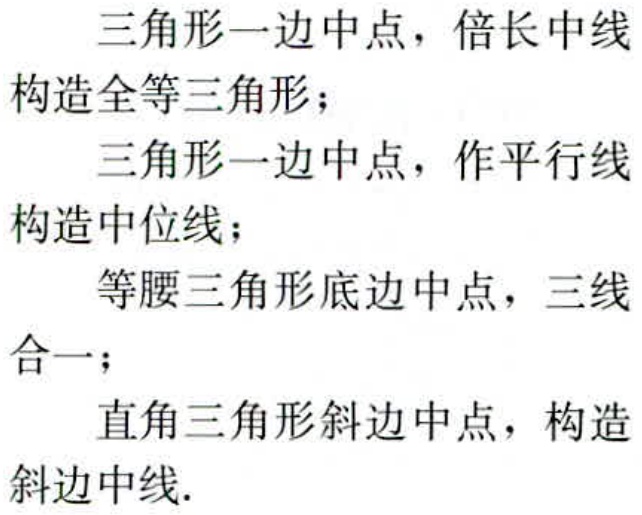
三角形一边中点，倍长中线

构造全等三角形；

三角形一边中点，作平行线

构造中位线；

等腰三角形底边中点，三线

合一；

直角三角形斜边中点，构造

斜边中线.